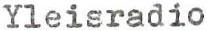
Yleisradio